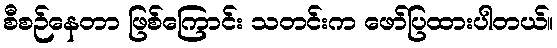
စီစဉ်နေတာ ဖြစ်ကြောင်း သတင်းက ဖော်ပြထားပါတယ်။